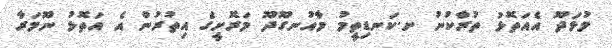
މުޅަދޫ އެއަތޮޅު ތުރާކުނު ށ.ކަނޑިތީމު މާއުނގޫދޫ މަރޮށީގެ އިތުރުން އެ އަތޮޅު ނޫމަރާ